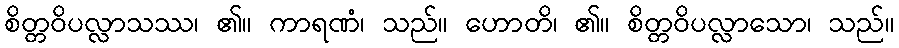
စိတ္တဝိပလ္လာသဿ၊ ၏။ ကာရဏံ၊ သည်။ ဟောတိ၊ ၏။ စိတ္တဝိပလ္လာသော၊ သည်။